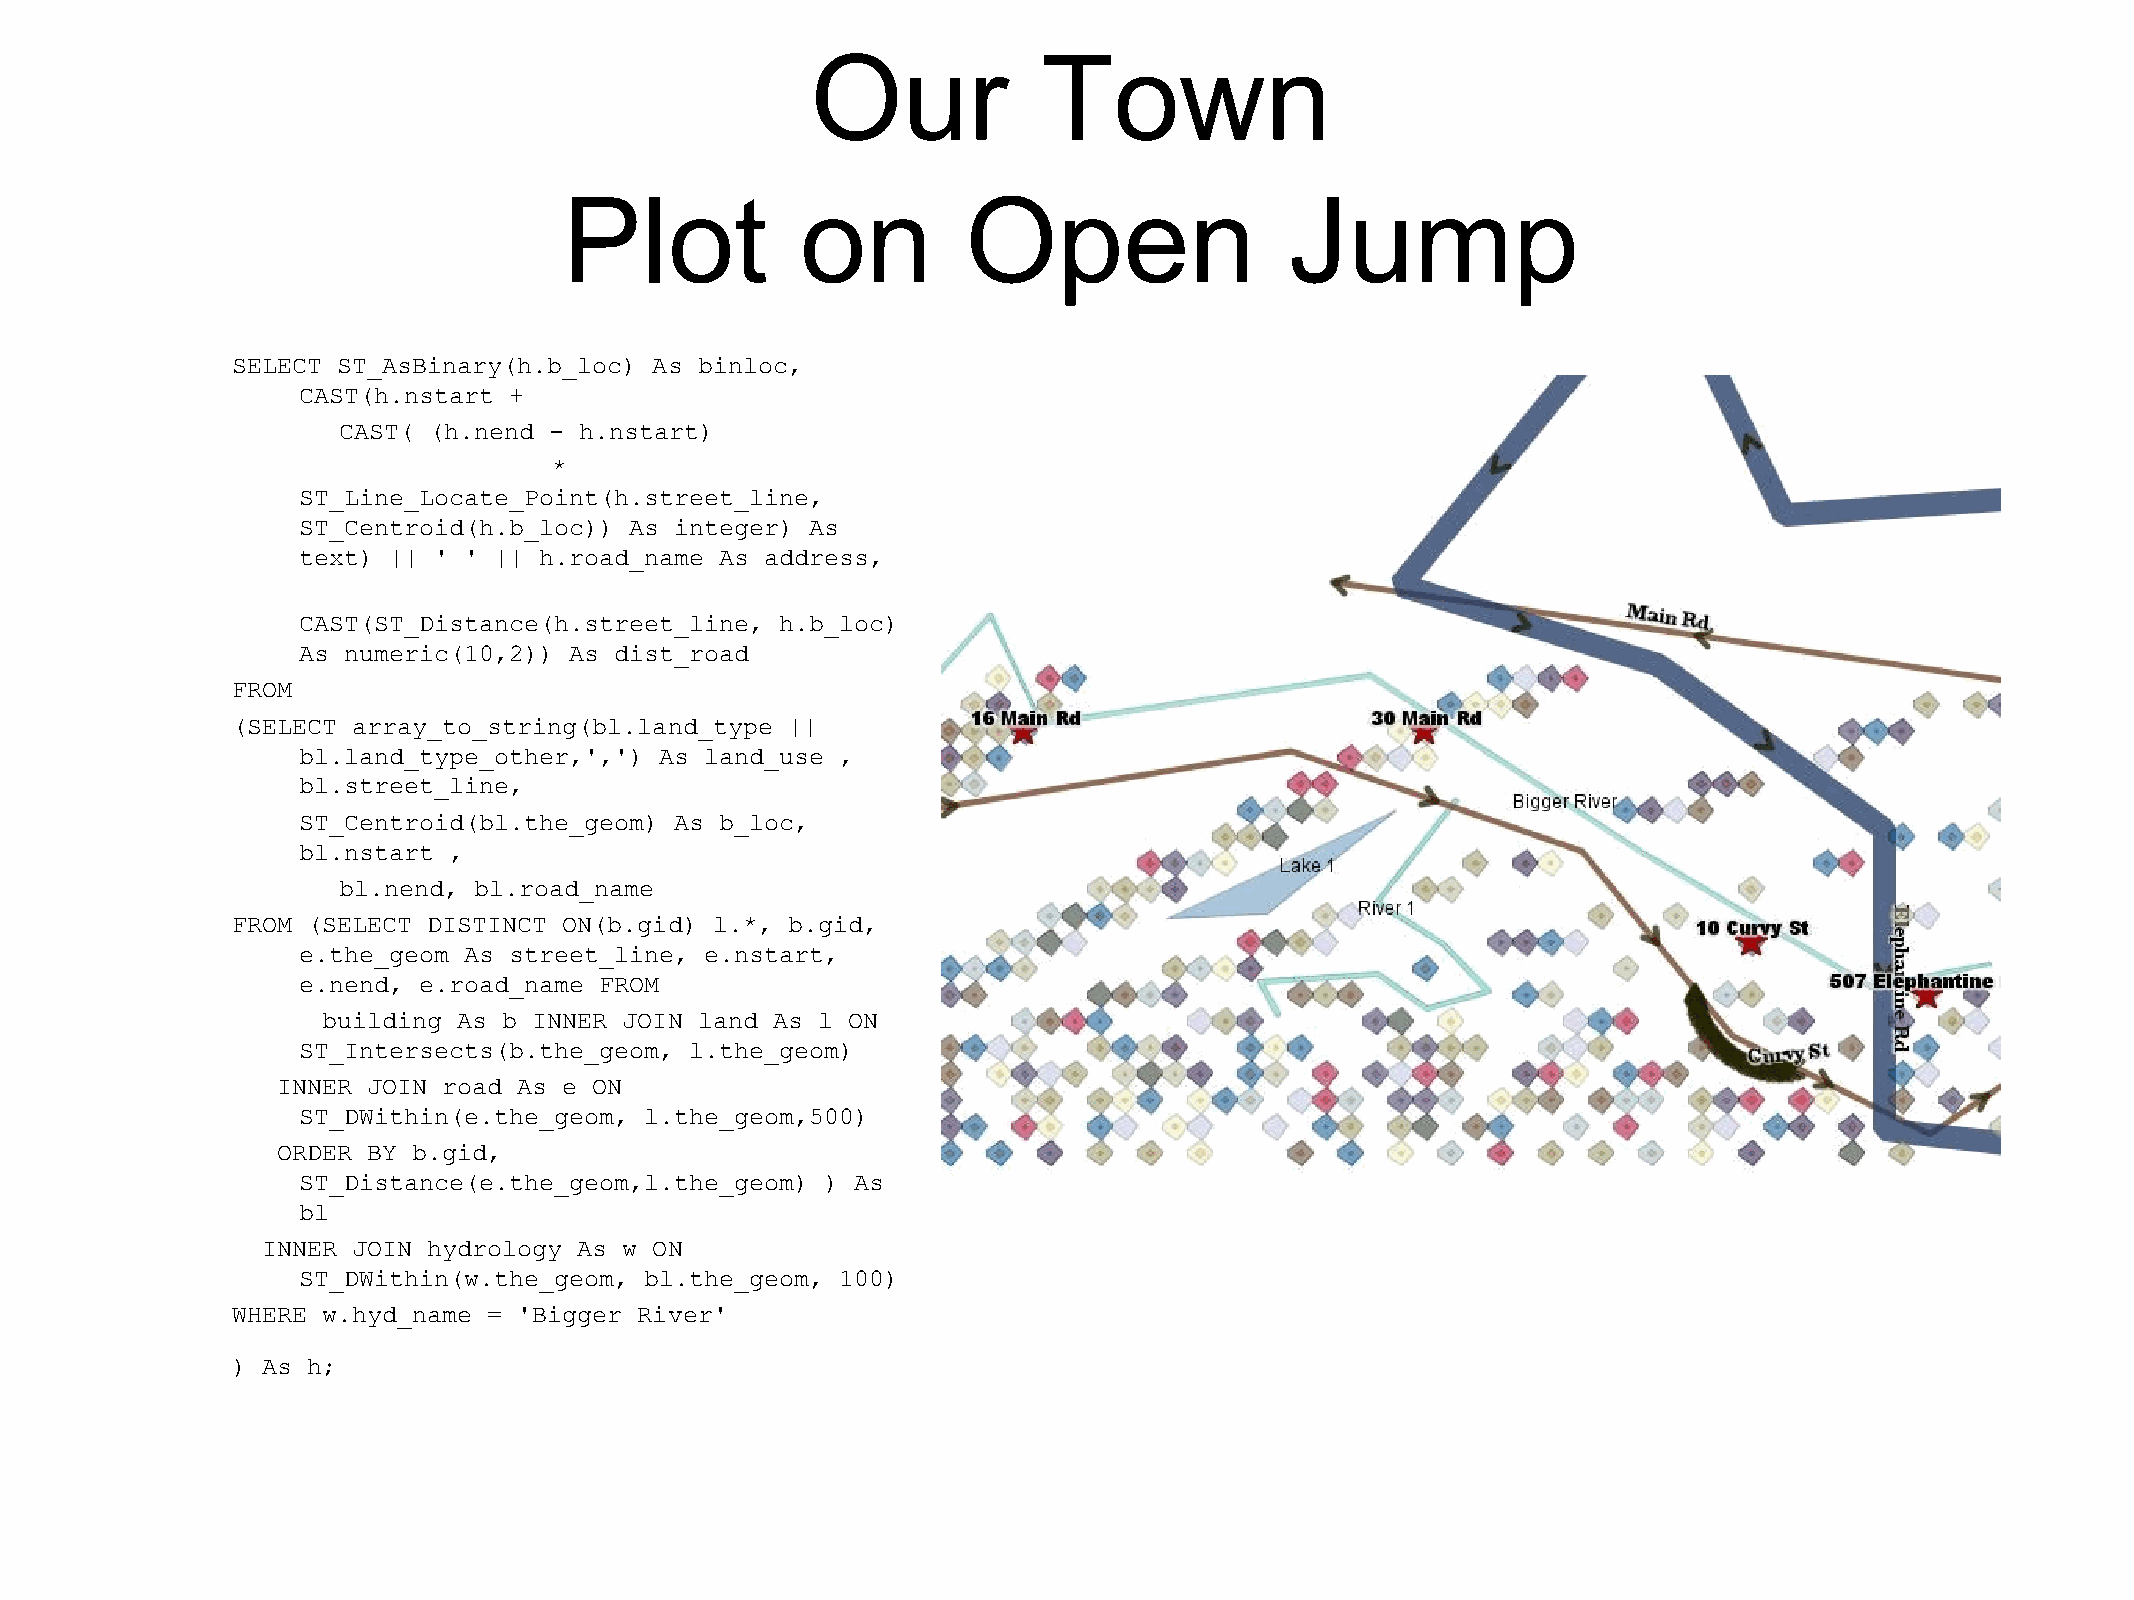
Our            Town
 Plot            on         Open                 Jump
 SELECT ST_AsBinary(h.b_loc) As binloc,
 CAST(h.nstart +
 CAST( (h.nend - h.nstart)
 *
 ST_Line_Locate_Point(h.street_line,
 ST_Centroid(h.b_loc)) As integer) As
 text) || ' ' || h.road_name As address,
 CAST(ST_Distance(h.street_line, h.b_loc)
 As numeric(10,2)) As dist_road
 FROM
 (SELECT array_to_string(bl.land_type ||
 bl.land_type_other,',') As land_use ,
 bl.street_line,
 ST_Centroid(bl.the_geom) As b_loc,
 bl.nstart ,
 bl.nend, bl.road_name
 FROM (SELECT DISTINCT ON(b.gid) l.*, b.gid,
 e.the_geom As street_line, e.nstart,
 e.nend, e.road_name FROM
 building As b INNER JOIN land As l ON
 ST_Intersects(b.the_geom, l.the_geom)
 INNER JOIN road As e ON
 ST_DWithin(e.the_geom, l.the_geom,500)
 ORDER BY b.gid,
 ST_Distance(e.the_geom,l.the_geom) ) As
 bl
 INNER JOIN hydrology As w ON
 ST_DWithin(w.the_geom, bl.the_geom, 100)
 WHERE w.hyd_name = 'Bigger River'
 ) As h;